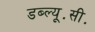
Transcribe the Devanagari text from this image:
डब्ल्यू॰सी॰